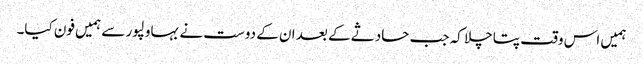
ہمیں اس وقت پتا چلا کہ جب حادثے کے بعد ان کے دوست نے بہاولپور سے ہمیں فون کیا۔